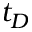
t _ { D }